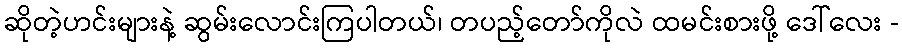
ဆိုတဲ့ဟင်းများနဲ့ ဆွမ်းလောင်းကြပါတယ်၊ တပည့်တော်ကိုလဲ ထမင်းစားဖို့ ဒေါ်လေး -